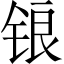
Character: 锒